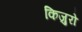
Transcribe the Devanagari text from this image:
किजुरो